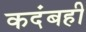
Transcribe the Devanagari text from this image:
कदंबही